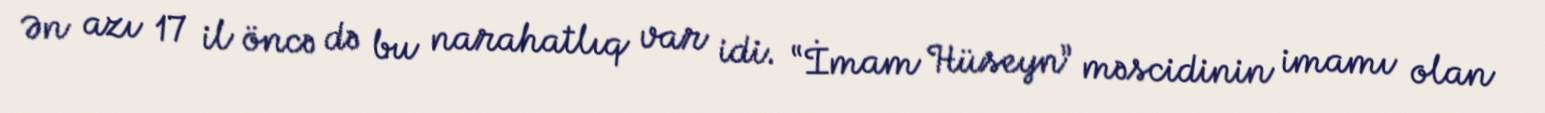
Ən azı 17 il öncə də bu narahatlıq var idi. “İmam Hüseyn” məscidinin imamı olan